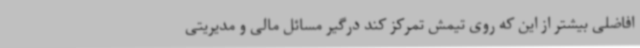
افاضلی بیشتر از این که روی تیمش تمرکز کند درگیر مسائل مالی و مدیریتی